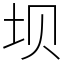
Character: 坝